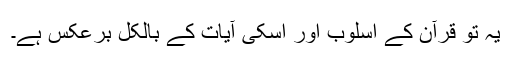
یہ تو قرآن کے اسلوب اور اسکی آیات کے بالکل برعکس ہے۔